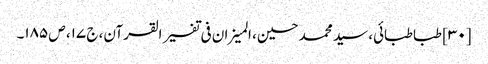
[۳۰] طباطبائی، سید محمد حسین، المیزان فی تفسیر القرآن، ج ۱۷، ص ۱۸۵۔